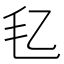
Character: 𪵖